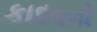
કાદવનો